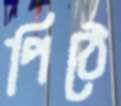
পিঠে